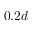
0 . 2 d